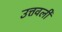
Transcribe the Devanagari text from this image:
उत्तवली